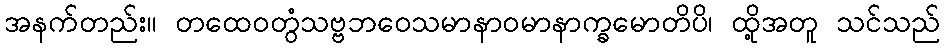
အနက်တည်း။ တထေဝတွံသဗ္ဗဘဝေသမာနာဝမာနာက္ခမောတိပိ၊ ထို့အတူ သင်သည်